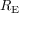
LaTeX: R _ { \mathrm { { E } } }